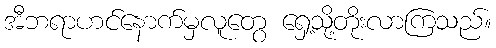
အီဘရာဟင်နောက်မှလူတွေ ရှေ့သို့တိုးလာကြသည်။